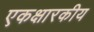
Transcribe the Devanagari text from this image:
एकक्षारकीय